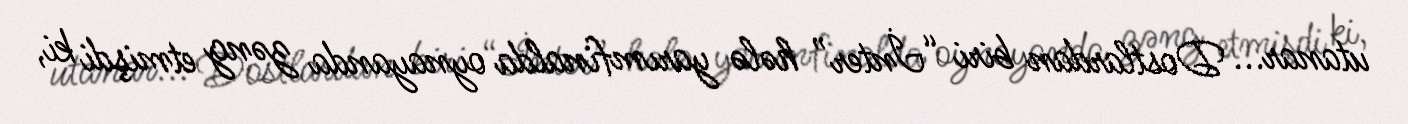
utanar... Dostlardan biri “İnter” hələ yarımfinalda oynayanda zəng etmişdi ki,